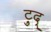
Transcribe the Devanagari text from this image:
ट्रुद्